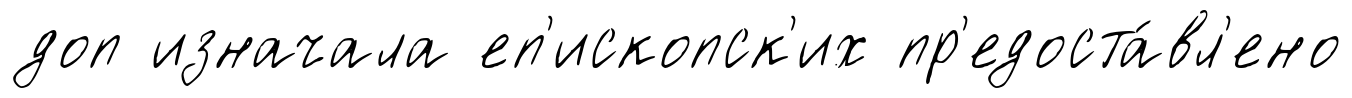
доп изначала еп'ископск'их пр'едоста́вл'ено